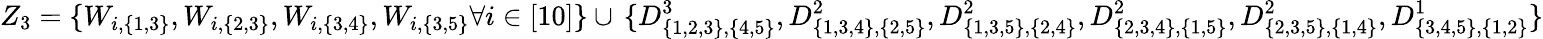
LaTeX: {Z_{3}=\{ W_{i,\{ 1,3\} },W_{i,\{ 2,3\} },W_{i,\{ 3,4\} },W_{i,\{ 3,5\} }\forall i\in[10]\} }\cup\, {\{ D_{\{ 1,2,3\} ,\{ 4,5\} }^{3},D_{\{ 1,3,4\} ,\{ 2,5\} }^{2},D_{\{ 1,3,5\} ,\{ 2,4\} }^{2},D_{\{ 2,3,4\} ,\{ 1,5\} }^{2},D_{\{ 2,3,5\} ,\{ 1,4\} }^{2},D_{\{ 3,4,5\} ,\{ 1,2\} }^{1}\} }